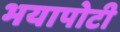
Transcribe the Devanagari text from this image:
भयापोटी